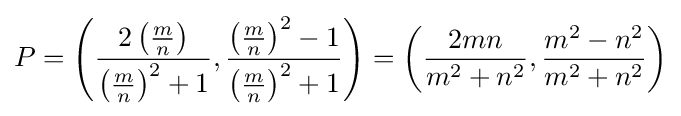
P=\left({\frac {2\left({\frac {m}{n}}\right)}{\left({\frac {m}{n}}\right)^{2}+1}},{\frac {\left({\frac {m}{n}}\right)^{2}-1}{\left({\frac {m}{n}}\right)^{2}+1}}\right)=\left({\frac {2mn}{m^{2}+n^{2}}},{\frac {m^{2}-n^{2}}{m^{2}+n^{2}}}\right)